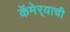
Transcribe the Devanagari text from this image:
कॅमेर्‍याची